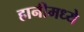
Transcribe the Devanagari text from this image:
हानीमध्ये